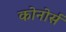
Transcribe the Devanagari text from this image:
कोनोर्स